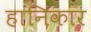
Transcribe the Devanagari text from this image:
हानिकार